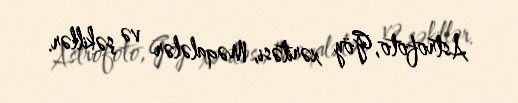
Astrofoto, Göy xəritəsi, Məqalələr və şəkillər.